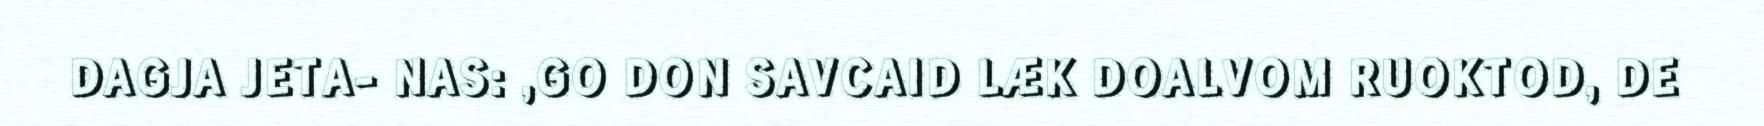
DAGJA JETA- NAS: ,GO DON SAVCAID LÆK DOALVOM RUOKTOD, DE